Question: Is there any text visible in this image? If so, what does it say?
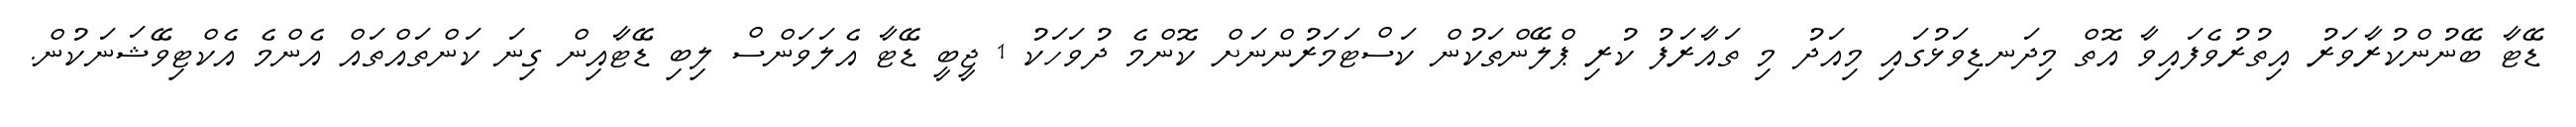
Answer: ޑޭޓާ ބޭނުންކުރާވަރު އިތުރުވެފައިވާ އޮތް މިދަނޑިވަޅުގައި މިއަދު މި ތައާރަފު ކުރި ޕްލޭންތަކުން ކަސްޓަމަރުންނަށް ކޮންމެ ދުވަހަކު 1 ޖީބީ ޑޭޓާ އެލަވަންސް ލިބި ޑޭޓާއިން ގިނަ ކަންތައްތައް އެންމެ އެކްޓިވޭޝަނަކުން.